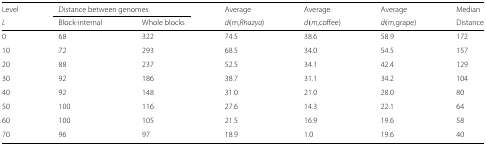
<table><thead><tr><td><b>Level</b></td><td colspan="2"><b>Distance between genomes</b></td><td><b>Average</b></td><td><b>Average</b></td><td><b>Average</b></td><td><b>Median</b></td></tr><tr><td><b><i>L</i></b></td><td><b>Block-internal</b></td><td><b>Whole blocks</b></td><td><b><i>d</i>(<i>m</i>,<i>Rhazya</i>)</b></td><td><b><i>d</i>(<i>m</i>,coffee)</b></td><td><b><i>d</i>(<i>m</i>,grape)</b></td><td><b>Distance</b></td></tr></thead><tbody><tr><td>0</td><td>68</td><td>322</td><td>74.5</td><td>38.6</td><td>58.9</td><td>172</td></tr><tr><td>10</td><td>72</td><td>293</td><td>68.5</td><td>34.0</td><td>54.5</td><td>157</td></tr><tr><td>20</td><td>88</td><td>237</td><td>52.5</td><td>34.1</td><td>42.4</td><td>129</td></tr><tr><td>30</td><td>92</td><td>186</td><td>38.7</td><td>31.1</td><td>34.2</td><td>104</td></tr><tr><td>40</td><td>92</td><td>148</td><td>31.0</td><td>21.0</td><td>28.0</td><td>80</td></tr><tr><td>50</td><td>100</td><td>116</td><td>27.6</td><td>14.3</td><td>22.1</td><td>64</td></tr><tr><td>60</td><td>100</td><td>105</td><td>21.5</td><td>16.9</td><td>19.6</td><td>58</td></tr><tr><td>70</td><td>96</td><td>97</td><td>18.9</td><td>1.0</td><td>19.6</td><td>40</td></tr></tbody></table>